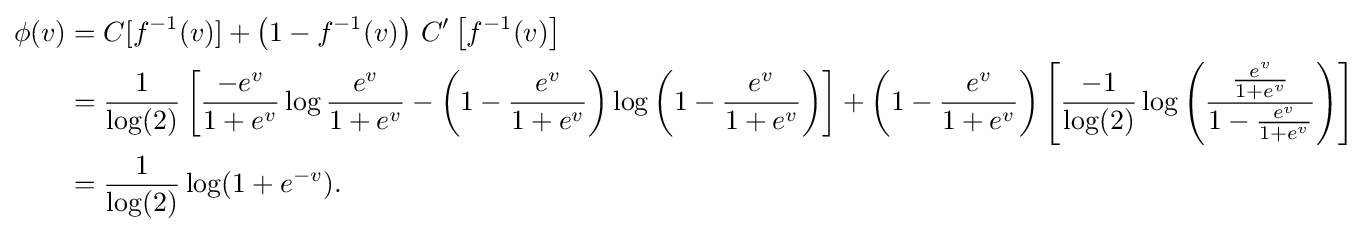
{\begin{aligned}\phi (v)&=C[f^{-1}(v)]+\left(1-f^{-1}(v)\right)\,C'\left[f^{-1}(v)\right]\\&={\frac {1}{\log(2)}}\left[{\frac {-e^{v}}{1+e^{v}}}\log {\frac {e^{v}}{1+e^{v}}}-\left(1-{\frac {e^{v}}{1+e^{v}}}\right)\log \left(1-{\frac {e^{v}}{1+e^{v}}}\right)\right]+\left(1-{\frac {e^{v}}{1+e^{v}}}\right)\left[{\frac {-1}{\log(2)}}\log \left({\frac {\frac {e^{v}}{1+e^{v}}}{1-{\frac {e^{v}}{1+e^{v}}}}}\right)\right]\\&={\frac {1}{\log(2)}}\log(1+e^{-v}).\end{aligned}}